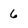
Character: 6